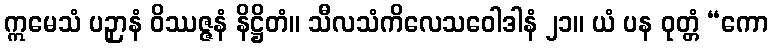
ဣမေသံ ပဉှာနံ ဝိဿဇ္ဇနံ နိဋ္ဌိတံ။ သီလသံကိလေသဝေါဒါနံ ၂၁။ ယံ ပန ဝုတ္တံ “ကော